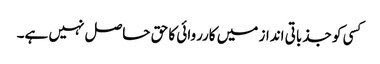
کسی کو جذباتی انداز میں کارروائی کا حق حاصل نہیں ہے۔